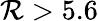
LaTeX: \mathcal{R}>5.6